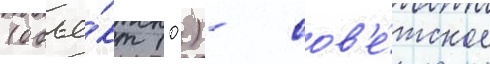
(объе́кт 10) - сов'е́тское